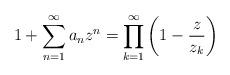
LaTeX: \begin{align*} 1+\sum_{n=1}^\infty a_nz^n =\prod_{k=1}^\infty\left(1-\frac{z}{z_k}\right)\end{align*}